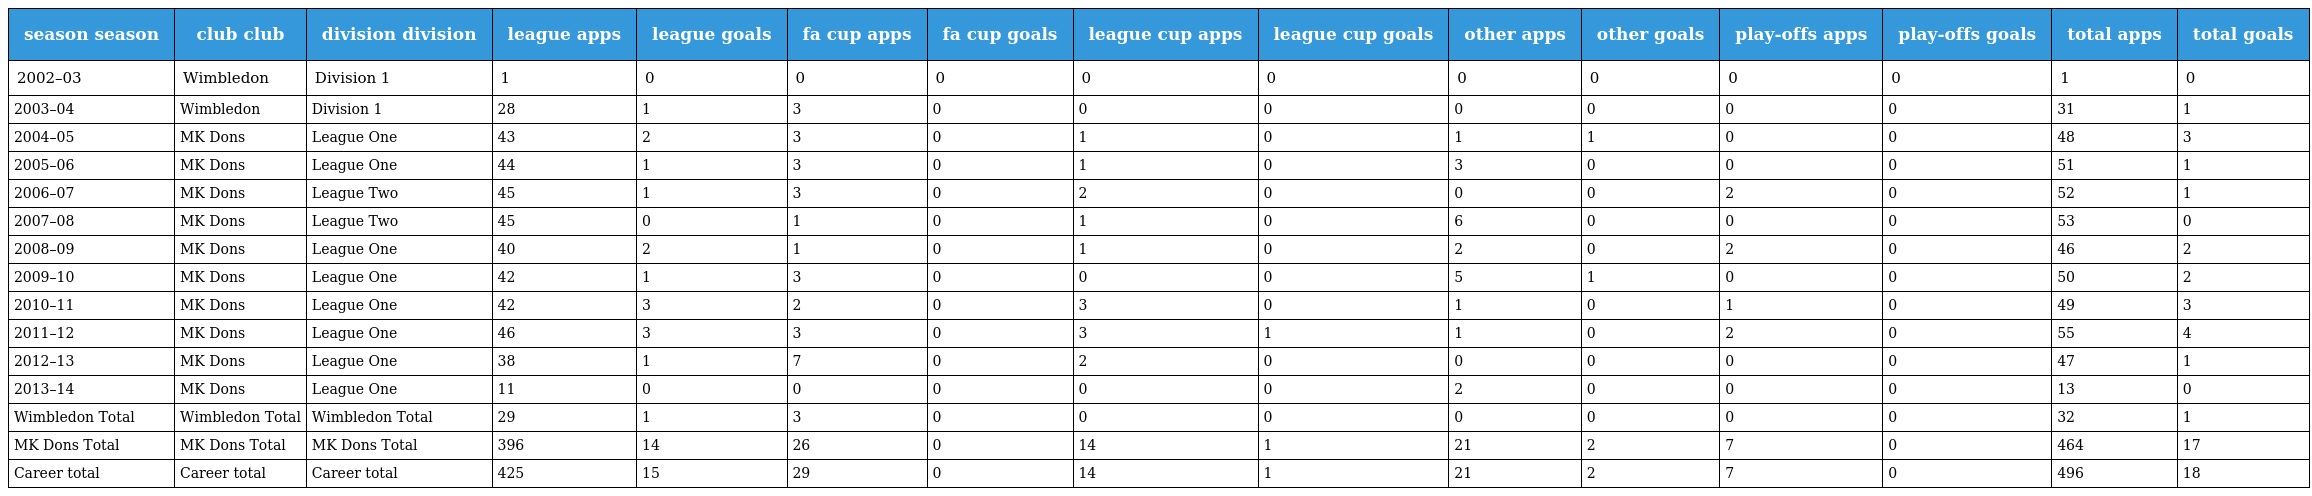
| season season | club club | division division | league apps | league goals | fa cup apps | fa cup goals | league cup apps | league cup goals | other apps | other goals | play-offs apps | play-offs goals | total apps | total goals |
 | --- | --- | --- | --- | --- | --- | --- | --- | --- | --- | --- | --- | --- | --- | --- |
 | 2002–03 | Wimbledon | Division 1 | 1 | 0 | 0 | 0 | 0 | 0 | 0 | 0 | 0 | 0 | 1 | 0 |
 | 2003–04 | Wimbledon | Division 1 | 28 | 1 | 3 | 0 | 0 | 0 | 0 | 0 | 0 | 0 | 31 | 1 |
 | 2004–05 | MK Dons | League One | 43 | 2 | 3 | 0 | 1 | 0 | 1 | 1 | 0 | 0 | 48 | 3 |
 | 2005–06 | MK Dons | League One | 44 | 1 | 3 | 0 | 1 | 0 | 3 | 0 | 0 | 0 | 51 | 1 |
 | 2006–07 | MK Dons | League Two | 45 | 1 | 3 | 0 | 2 | 0 | 0 | 0 | 2 | 0 | 52 | 1 |
 | 2007–08 | MK Dons | League Two | 45 | 0 | 1 | 0 | 1 | 0 | 6 | 0 | 0 | 0 | 53 | 0 |
 | 2008–09 | MK Dons | League One | 40 | 2 | 1 | 0 | 1 | 0 | 2 | 0 | 2 | 0 | 46 | 2 |
 | 2009–10 | MK Dons | League One | 42 | 1 | 3 | 0 | 0 | 0 | 5 | 1 | 0 | 0 | 50 | 2 |
 | 2010–11 | MK Dons | League One | 42 | 3 | 2 | 0 | 3 | 0 | 1 | 0 | 1 | 0 | 49 | 3 |
 | 2011–12 | MK Dons | League One | 46 | 3 | 3 | 0 | 3 | 1 | 1 | 0 | 2 | 0 | 55 | 4 |
 | 2012–13 | MK Dons | League One | 38 | 1 | 7 | 0 | 2 | 0 | 0 | 0 | 0 | 0 | 47 | 1 |
 | 2013–14 | MK Dons | League One | 11 | 0 | 0 | 0 | 0 | 0 | 2 | 0 | 0 | 0 | 13 | 0 |
 | Wimbledon Total | Wimbledon Total | Wimbledon Total | 29 | 1 | 3 | 0 | 0 | 0 | 0 | 0 | 0 | 0 | 32 | 1 |
 | MK Dons Total | MK Dons Total | MK Dons Total | 396 | 14 | 26 | 0 | 14 | 1 | 21 | 2 | 7 | 0 | 464 | 17 |
 | Career total | Career total | Career total | 425 | 15 | 29 | 0 | 14 | 1 | 21 | 2 | 7 | 0 | 496 | 18 |